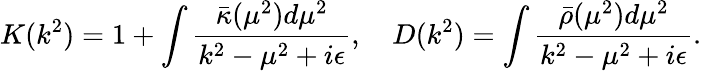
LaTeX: K(k^{2})=1+\int\frac{\bar{\kappa}(\mu^{2})d\mu^{2}}{k^{2}-\mu^{2}+i\epsilon},\quad D(k^{2})=\int\frac{\bar{\rho}(\mu^{2})d\mu^{2}}{k^{2}-\mu^{2}+i\epsilon}.